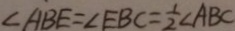
\angle A B E = \angle E B C = \frac { 1 } { 2 } \angle A B C